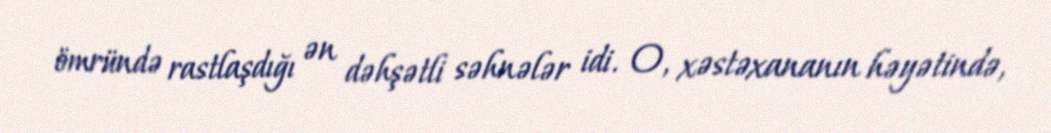
ömründə rastlaşdığı ən dəhşətli səhnələr idi. O, xəstəxananın həyətində,